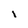
Character: I